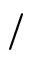
/